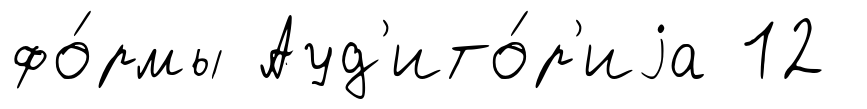
фо́рмы Ауд'ито́р'иjа 12